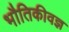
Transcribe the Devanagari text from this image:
भौतिकीवज्ञ